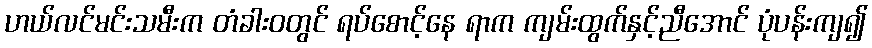
ဟယ်လင်မင်းသမီးက တံခါးဝတွင် ရပ်စောင့်နေ ရာက ကျမ်းထွက်နှင့်ညီအောင် ပုံပန်းကျ၍